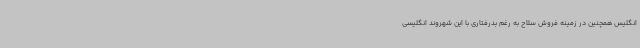
انگلیس همچنین در زمینه فروش سلاح به رغم بدرفتاری با این شهروند انگلیسی